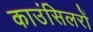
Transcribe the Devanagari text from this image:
काउंसिलरों